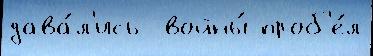
дава́л'ись  войны́ проб'е́л